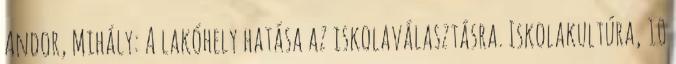
Andor, Mihály: A lakóhely hatása az iskolaválasztásra. Iskolakultúra, 10